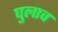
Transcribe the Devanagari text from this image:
घुलाव